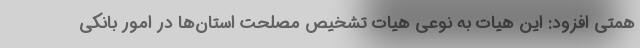
همتی افزود: این هیات به نوعی هیات تشخیص مصلحت استان‌ها در امور بانکی